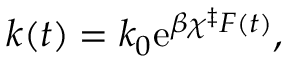
k ( t ) = k _ { 0 } \mathrm { e } ^ { \beta \chi ^ { \ddag } F ( t ) } ,